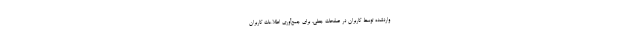
واردشده توسط کاربران در صفحات جعلی، برای جمع‌آوری اطلاعات کاربران